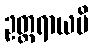
ဥတ္တရာယပိ